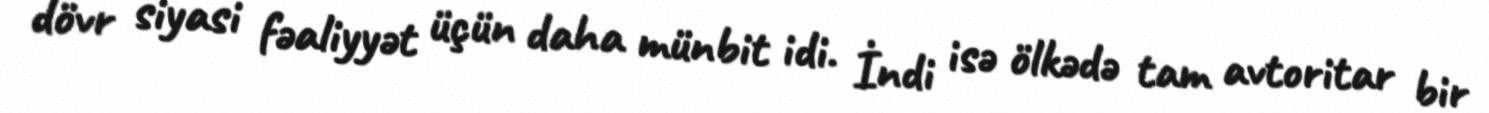
dövr siyasi fəaliyyət üçün daha münbit idi. İndi isə ölkədə tam avtoritar bir